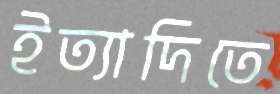
ইত্যাদিতে